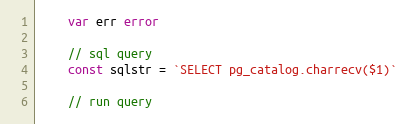
Language: Go
	var err error

	// sql query
	const sqlstr = `SELECT pg_catalog.charrecv($1)`

	// run query